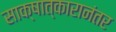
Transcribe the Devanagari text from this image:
साक्षात्कारानंतर